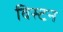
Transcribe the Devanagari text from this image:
विस्टन